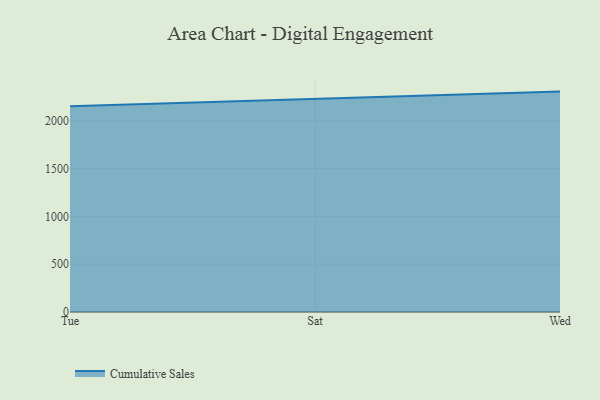
{"axis": {"x": "Day", "y": "Headcount"}, "legend": ["Cumulative Sales"], "data": [{"x": "Tue", "y": 2153.2, "type": "Cumulative Sales"}, {"x": "Sat", "y": 2230.1, "type": "Cumulative Sales"}, {"x": "Wed", "y": 2305.6, "type": "Cumulative Sales"}]}